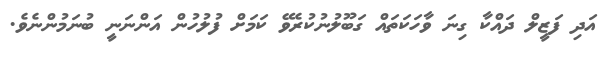
އަދި ފަޒީލް ދައްކާ ގިނަ ވާހަކަތައް ގަބޫލުނުކުރެވޭ ކަމަށް ފުލުހުން އަންނަނީ ބުނަމުންނެވެ.